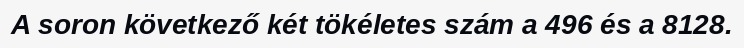
A soron következő két tökéletes szám a 496 és a 8128.